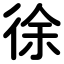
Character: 徐